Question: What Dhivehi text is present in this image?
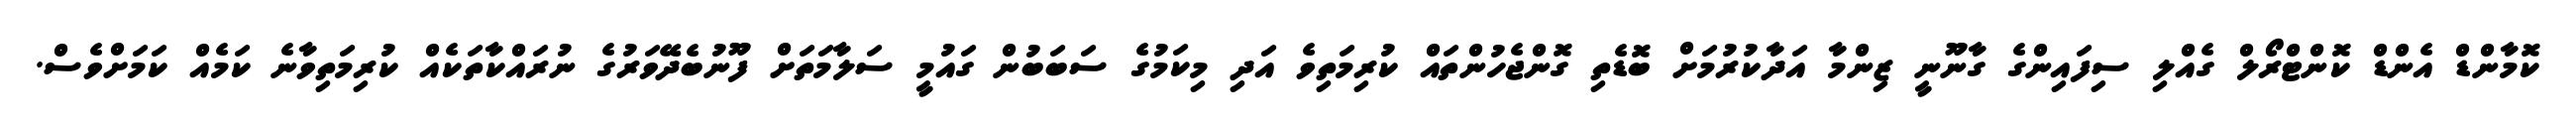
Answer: ކޮމާންޑް އެންޑް ކޮންޓްރޯލް ގެއްލި ސިފައިންގެ ގާނޫނީ ޒިންމާ އަދާކުރުމަށް ބޮޑެތި ގޮންޖެހުންތައް ކުރިމަތިވެ އަދި މިކަމުގެ ސަބަބުން ގައުމީ ސަލާމަތަށް ފޫނުބެދޭވަރުގެ ނުރައްކާތަކެއް ކުރިމަތިވާނެ ކަމެއް ކަމަށްވެސް.